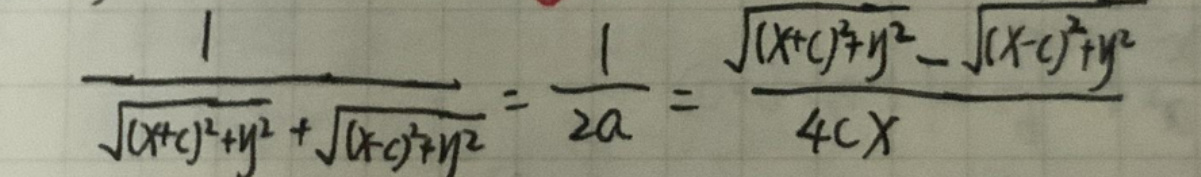
\[
\frac{1}{\sqrt{(x + c)^2 + y^2} + \sqrt{(x - c)^2 + y^2}} = \frac{1}{2a} = \frac{\sqrt{(x + c)^2 + y^2} - \sqrt{(x - c)^2 + y^2}}{4cx}
\]